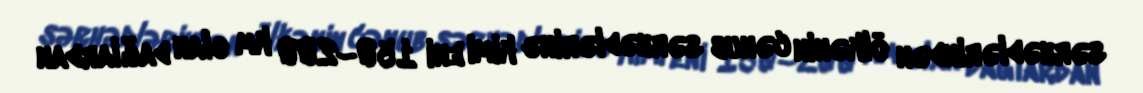
sərhədlərindən ölkənin cənub sərhədlərinə kimi eni 150–200 km olan dağlardan